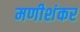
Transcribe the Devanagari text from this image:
मणीशंकर